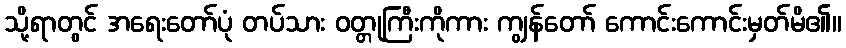
သို့ရာတွင် အရေးတော်ပုံ တပ်သား ဝတ္တုကြီးကိုကား ကျွန်တော် ကောင်းကောင်းမှတ်မိ၏။